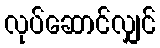
လုပ်ဆောင်လျှင်